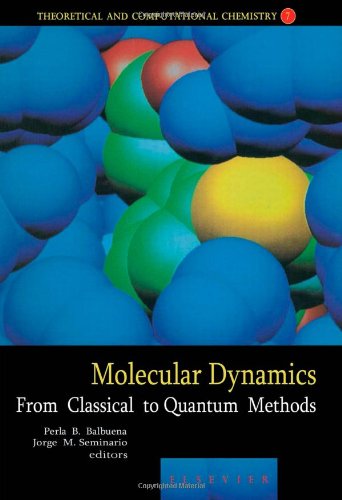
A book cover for Molecular Dynamics, Volume 7: From Classical to Quantum Methods (Theoretical and Computational Chemistry); Science & Math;